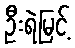
ဦးရဲမြင့်